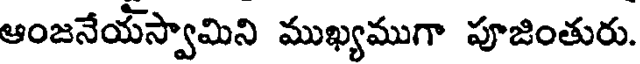
ఆంజనేయస్వామిని ముఖ్యముగా పూజింతురు.